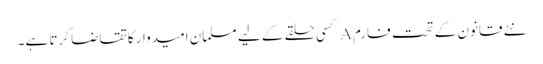
نئے قانون کے تحت فارم A کسی حلقے کے لیے مسلمان امیدوار کا تقاضا کرتا ہے۔